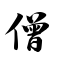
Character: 僧